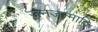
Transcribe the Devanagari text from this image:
जनजन्मादि